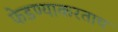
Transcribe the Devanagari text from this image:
फेडण्याकरताच